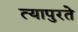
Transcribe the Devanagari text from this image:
त्यापुरते